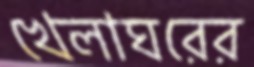
খেলাঘরের